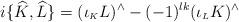
LaTeX: \begin{align*}i\{\widehat{K},\widehat{L}\}=(\iota_{\scriptscriptstyle K}L)^{\wedge}-(-1)^{lk}(\iota_{\scriptscriptstyle L}K)^{\wedge} \end{align*}